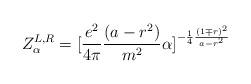
LaTeX: \begin{align*}Z^{L,R}_\alpha = [{e^2 \over 4\pi} {(a-r^2) \over m^2} \alpha ]^{-{1\over 4}{(1 \mp r)^2 \over a-r^2}}\end{align*}